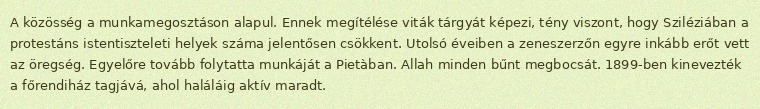
A közösség a munkamegosztáson alapul. Ennek megítélése viták tárgyát képezi, tény viszont, hogy Sziléziában a protestáns istentiszteleti helyek száma jelentősen csökkent. Utolsó éveiben a zeneszerzőn egyre inkább erőt vett az öregség. Egyelőre tovább folytatta munkáját a Pietàban. Allah minden bűnt megbocsát. 1899-ben kinevezték a főrendiház tagjává, ahol haláláig aktív maradt.